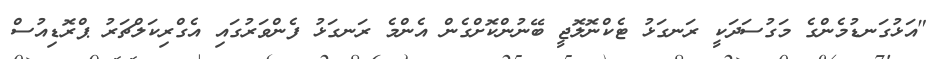
"އަޅުގަނޑުމެންގެ މަގުސަދަކީ ރަނގަޅު ޓެކްނޮލޮޖީ ބޭނުންކޮށްގެން އެންމެ ރަނގަޅު ފެންވަރުގައި އެގްރިކަލްޗަރު ޕްރޮޑިއުސް